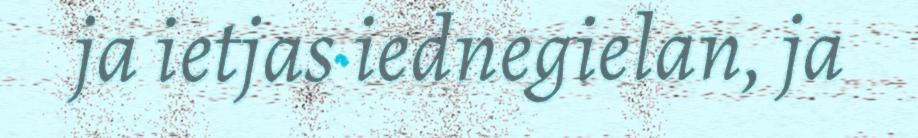
ja ietjas iednegielan, ja